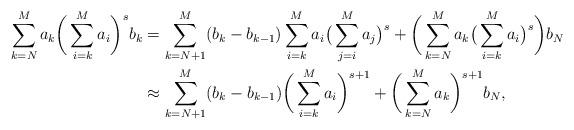
LaTeX: \begin{align*}\sum_{k=N}^M a_k \bigg(\sum_{i=k}^M a_i \bigg)^s b_k & = \sum_{k=N+1}^M (b_k - b_{k-1} ) \sum_{i= k}^M a_i \big(\sum_{j=i}^M a_j\big)^s + \bigg(\sum_{k=N}^M a_k \big(\sum_{i=k}^M a_i\big)^s\bigg) b_N\\& \approx \sum_{k=N+1}^M (b_k - b_{k-1} ) \bigg(\sum_{i= k}^M a_i\bigg)^{s+1} + \bigg(\sum_{k=N}^M a_k\bigg)^{s+1} b_N,\end{align*}